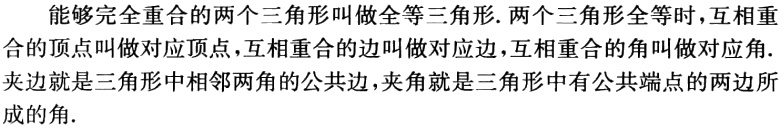
能够完全重合的两个三角形叫做全等三角形.两个三角形全等时,互相重合的顶点叫做对应顶点,互相重合的边叫做对应边,互相重合的角叫做对应角.夹边就是三角形中相邻两角的公共边,夹角就是三角形中有公共端点的两边所成的角.